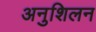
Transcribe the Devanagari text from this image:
अनुशिलन